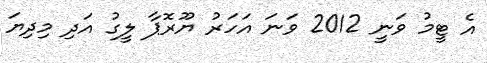
އެ ޓީމު ވަނީ 2012 ވަނަ އަހަރު ޔޫރޮޕާ ލީގު އަދި މިދިޔަ